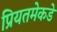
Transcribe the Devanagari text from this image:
प्रियतमेकडे